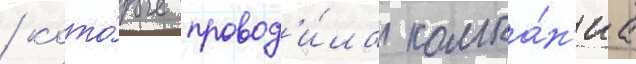
/ кото́рые провод'и́ла компа́н'иа